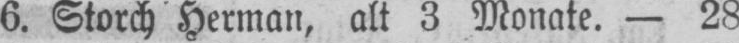
6. Storch Herman, alt 3 Monate. - 28.